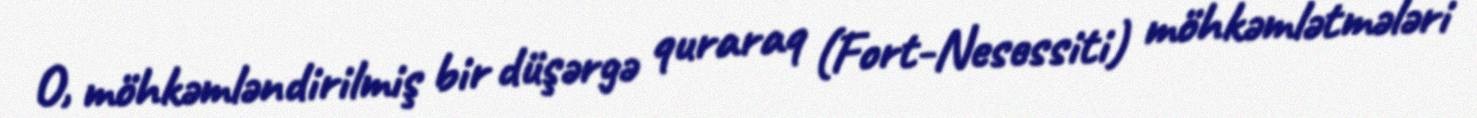
O, möhkəmləndirilmiş bir düşərgə quraraq (Fort-Nesessiti) möhkəmlətmələri